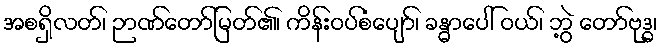
အစရှိလတ်၊ ဉာဏ်တော်မြတ်၏၊ ကိန်းဝပ်စံပျော်၊ ခန္ဓာပေါ် ဝယ်၊ ဘွဲ့ တော်ဗုဒ္ဓ၊